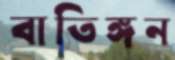
বাতিঙ্গন